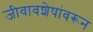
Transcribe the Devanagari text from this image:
जीवावशेषांवरून